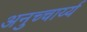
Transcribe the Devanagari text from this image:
अनुच्चार्य्य